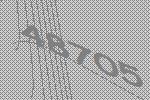
48705